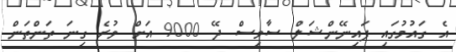
އެ ގައުމުގައި ފައިނޭންޝަލް ސާވިސް ދޭ 9000 އަށް ވުރެ ގިނަ ތަންތަން